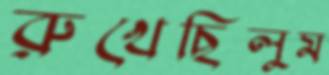
রুখেছিলুম